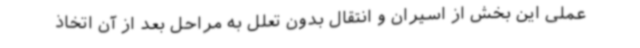
عملی این بخش از اسیران و انتقال بدون تعلل به مراحل بعد از آن اتخاذ